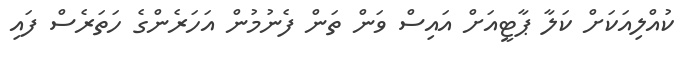
ކުއްލިއަކަށް ކަލާ ޕާޓީއަށް އައިސް ވަން ތަން ފެނުމުން އަހަރެންގެ ހަތަރެސް ފައި